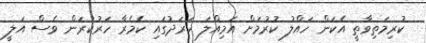
ކުރިމަތިވާތީ އެކަން ހައްލު ކުުރުމަށް އަމިއްލަ ހަރަދުގައި ކެމެރާ ހަރުކުރަން ވެސް އަލީ